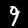
Label: 9